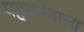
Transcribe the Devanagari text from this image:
पहननेवाला